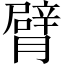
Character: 臂